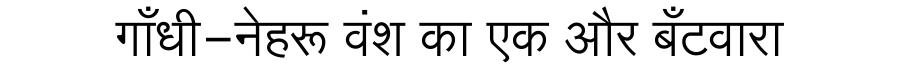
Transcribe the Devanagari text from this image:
गाँधी-नेहरू वंश का एक और बँटवारा